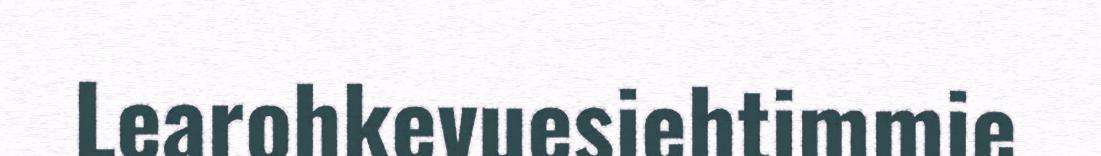
Learohkevuesiehtimmie